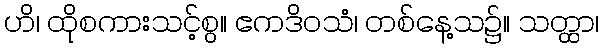
ဟိ၊ ထိုစကားသင့်စွ။ ဧကဒိဝသံ၊ တစ်နေ့သ၌။ သတ္ထာ၊